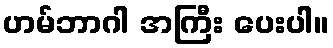
ဟမ်ဘာဂါ အကြီး ပေးပါ။